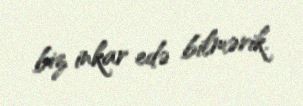
biz inkar edə bilmərik.